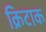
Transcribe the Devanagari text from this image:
क्रिटाक